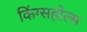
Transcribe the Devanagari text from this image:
किंग्सहोल्म